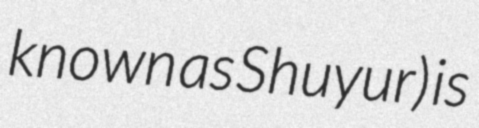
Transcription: known as Shuyur) is